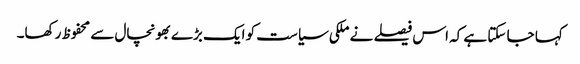
کہا جا سکتا ہے کہ اس فیصلے نے ملکی سیاست کو ایک بڑے بھونچال سے محفوظ رکھا۔